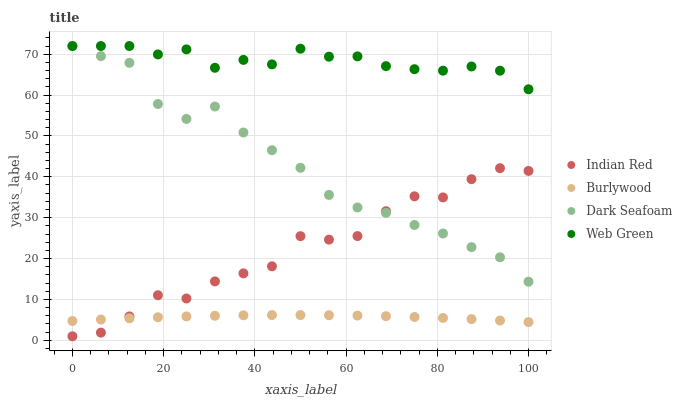
| xaxis_label | Indian Red | Burlywood | Dark Seafoam | Web Green |
 | --- | --- | --- | --- | --- |
 | 0 | 1 | 4.73 | 72 | 72 |
 | 6.25 | 1.89 | 5.09 | 69.5 | 72 |
 | 12.5 | 5.85 | 5.39 | 67.9 | 72 |
 | 18.8 | 11 | 5.65 | 57.8 | 69.9 |
 | 25 | 10.2 | 5.86 | 54.2 | 71.2 |
 | 31.2 | 14.4 | 6.01 | 57.2 | 66.7 |
 | 37.5 | 16.4 | 6.12 | 50.8 | 68.6 |
 | 43.8 | 18.1 | 6.18 | 46.5 | 67.5 |
 | 50 | 25.5 | 6.19 | 42.2 | 71.3 |
 | 56.2 | 24.6 | 6.14 | 35.6 | 69.4 |
 | 62.5 | 25.5 | 6.05 | 32.5 | 69.5 |
 | 68.8 | 31.6 | 5.91 | 31.2 | 67.1 |
 | 75 | 35.2 | 5.72 | 28.2 | 66.3 |
 | 81.2 | 35 | 5.48 | 26.1 | 66 |
 | 87.5 | 39.4 | 5.19 | 22.8 | 67 |
 | 93.8 | 42.1 | 4.85 | 20.3 | 66 |
 | 100 | 41.4 | 4.46 | 14.3 | 61.4 |